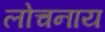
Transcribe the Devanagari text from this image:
लोचनाय